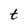
Character: t